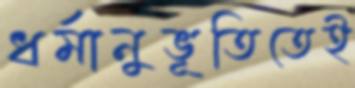
ধর্মানুভূতিতেই